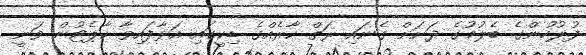
ފުލުހުންގެ ބެލުމުގެ ދަށަށް ގެނައި ރަތް ކާރެއްގެ ޑިކީގައި އަޅާފައިވާ ކާޕެޓުން ވަނީ